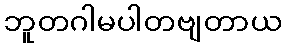
ဘူတဂါမပါတဗျတာယ